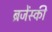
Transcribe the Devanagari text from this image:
ब्रजेंस्की